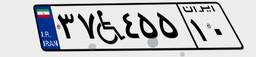
۳۷W۴۵۵۱۰